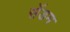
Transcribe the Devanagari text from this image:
सेंडम